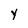
Character: y